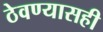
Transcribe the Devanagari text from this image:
ठेवण्यासही